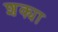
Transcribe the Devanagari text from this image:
शक्या